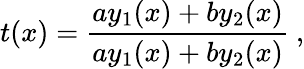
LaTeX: t(x)=\frac{ay_{1}(x)+by_{2}(x)}{ay_{1}(x)+by_{2}(x)}\ ,